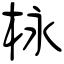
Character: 栐